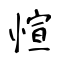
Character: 愃